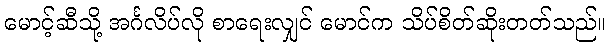
မောင့်ဆီသို့ အင်္ဂလိပ်လို စာရေးလျှင် မောင်က သိပ်စိတ်ဆိုးတတ်သည်။